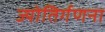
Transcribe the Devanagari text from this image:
ज्योतिर्गणना